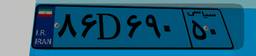
۴۶D۶۱۰۶۴